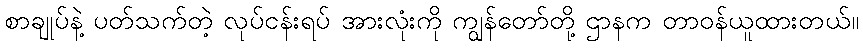
စာချုပ်နဲ့ ပတ်သက်တဲ့ လုပ်ငန်းရပ် အားလုံးကို ကျွန်တော်တို့ ဌာနက တာဝန်ယူထားတယ်။